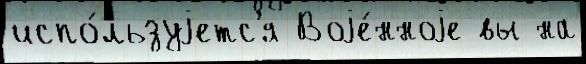
испо́льзуjетс'я Воjе́нноjе вы на